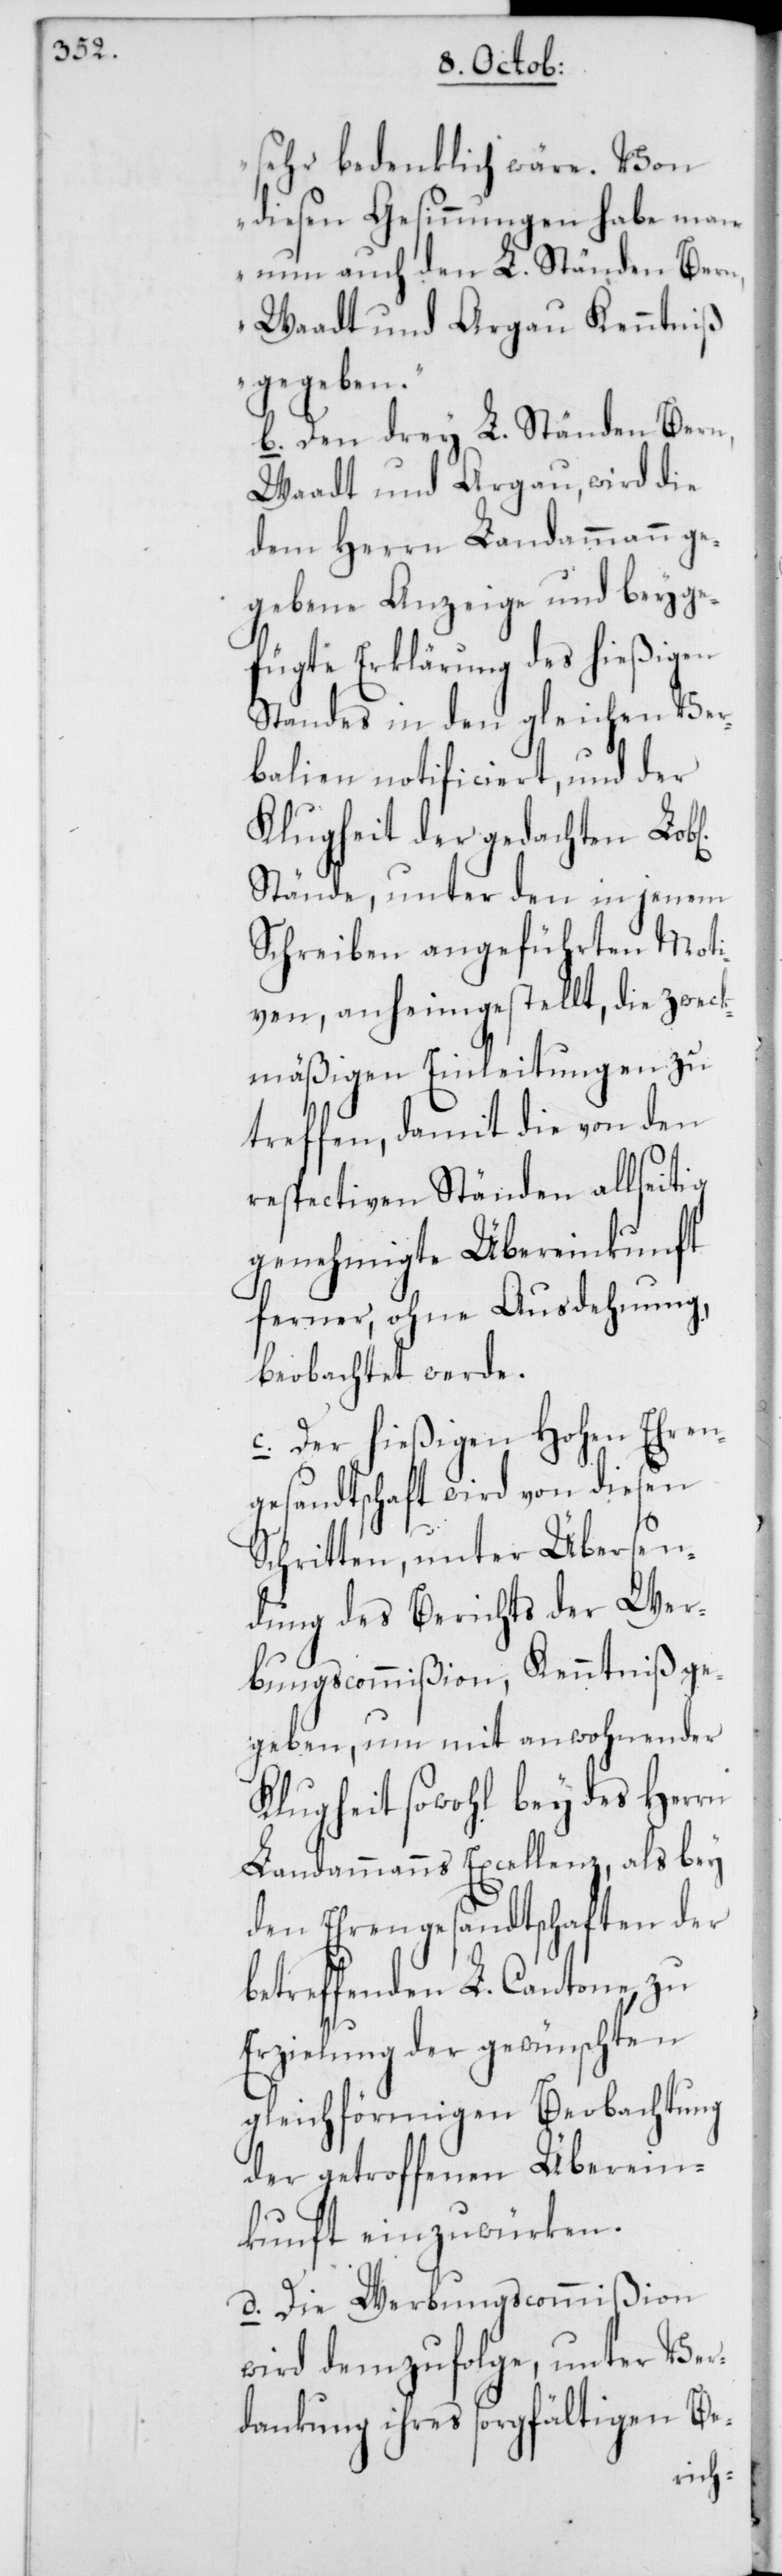
sehr bedenklich wäre. Von
diesen Gesinnungen habe man
nun auch den L. Ständen Bern,
Waadt und Argau Kenntniß
gegeben.“
b. Den drey L. Ständen Bern,
Waadt und Argau, wird die
dem Herrn Landammann ge¬
gebene Anzeige und beyge¬
fügte Erklärung des hießigen
Standes in den gleichen Ver¬
balien notificiert, und der
Klugheit der gedachten
Stände, unter den in jenem
Schreiben angeführten Moti¬
ven, anheimgestellt, die zweck¬
mäßigen Einleitungen zu
treffen, damit die von den
respectiven Ständen allseitig
genehmigte Übereinkunft
ferner, ohne Ausdehnung,
beobachtet werde.
c. Der hießigen Hohen Ehren¬
gesandtschaft wird von diesen
Schritten, unter Übersen¬
dung des Berichts der Wer¬
bungscommißion, Kenntniß ge¬
geben, um mit anwohnender
Klugheit sowohl bey des Herrn
Landammanns Excellenz, als bey
den Ehrengesandtschaften der
betreffenden L. Cantone, zu
Erzielung der gewünschten
gleichförmigen Beobachtung
der getroffenen Überein¬
kunft einzuwürken.
d. Die Werbungscommißion
wird demzufolge, unter Ver¬
dankung ihres sorgfältigen Be-